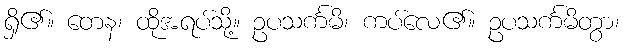
ရှိ၏။ တေန၊ ထိုအရပ်သို့။ ဥပသင်္ကမိ၊ ကပ်လေ၏။ ဥပသင်္ကမိတွာ၊